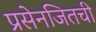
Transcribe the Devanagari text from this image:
प्रसेनजितची